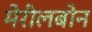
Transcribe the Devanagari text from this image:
मेरीलबोन